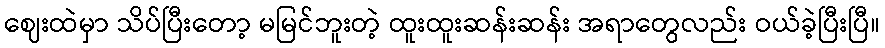
ဈေးထဲမှာ သိပ်ပြီးတော့ မမြင်ဘူးတဲ့ ထူးထူးဆန်းဆန်း အရာတွေလည်း ဝယ်ခဲ့ပြီးပြီ။